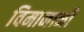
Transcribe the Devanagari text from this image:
विमानानी